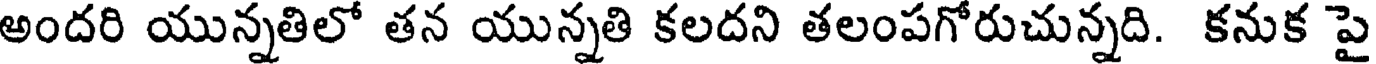
అందరి యున్నతిలో తన యున్నతి కలదని తలంపగోరుచున్నది. కనుక పై